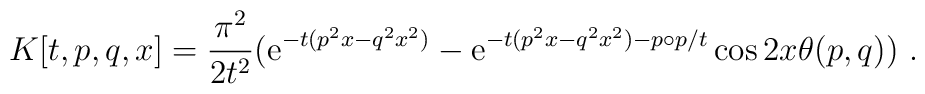
K[t,p,q,x] = \frac{\pi^2}{2 t^2} \big(\mathrm{e}^{- t(p^2 x - q^2x^2)}  - \mathrm{e}^{- t(p^2 x - q^2 x^2)- p\circ p/t } \cos2 x\theta(p,q) \big)~.